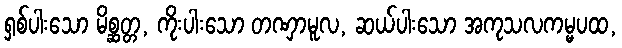
ရှစ်ပါးသော မိစ္ဆတ္တ, ကိုးပါးသော တဏှာမူလ, ဆယ်ပါးသော အကုသလကမ္မပထ,